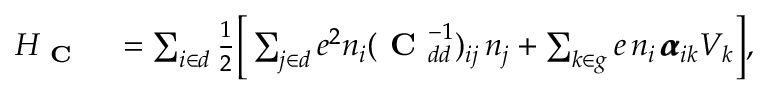
\begin{array} { r l } { H _ { \mathrm { \textbf { C } } } } & { { } = \sum _ { i \in d } \frac { 1 } { 2 } \bigg [ \sum _ { j \in d } e ^ { 2 } n _ { i } ( \mathrm { \textbf { C } } _ { d d } ^ { - 1 } ) _ { i j } \, n _ { j } + \sum _ { k \in g } e \, n _ { i } \, \pmb { \alpha } _ { i k } V _ { k } \bigg ] , } \end{array}